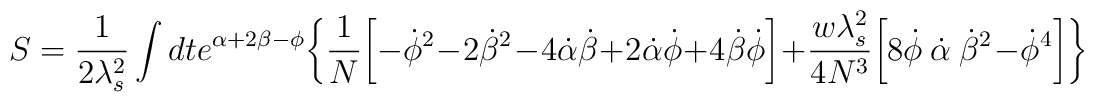
S= \frac{1}{2 \lambda_{s}^2} \int d t e^{\alpha + 2 \beta-\phi}\biggl\{ \frac{1}{N} \biggl[ - \dot{\phi}^2 - 2 \dot{\beta}^2 -4 \dot{\alpha} \dot{\beta} + 2 \dot{\alpha} \dot{\phi} + 4 \dot{\beta}\dot{\phi}\biggr] + \frac{w\lambda_{s}^2}{4 N^3}\biggl[ 8 \dot{\phi}~\dot{\alpha}~ \dot{\beta}^2 - \dot{\phi}^4\biggr]\biggr\}